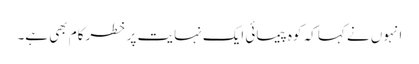
انہوں نے کہا کہ کوہ پیمائی ایک نہایت پر خطر کام بھی ہے۔